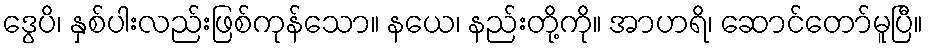
ဒွေပိ၊ နှစ်ပါးလည်းဖြစ်ကုန်သော။ နယေ၊ နည်းတို့ကို။ အာဟရိ၊ ဆောင်တော်မူပြီ။